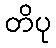
တိပု